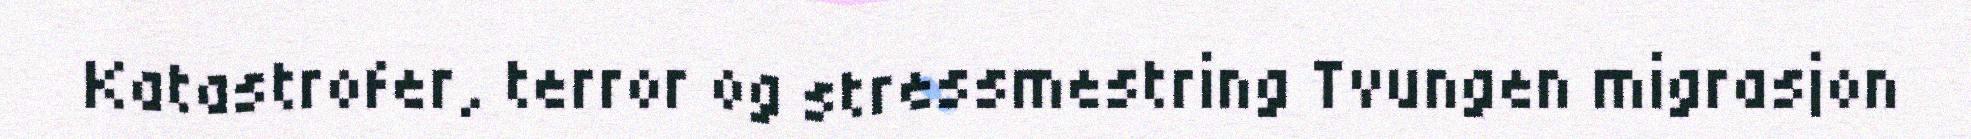
Katastrofer, terror og stressmestring Tvungen migrasjon